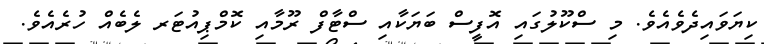
ކިޔަވައިދެވެއެވެ. މި ސްކޫލުގައި އޮފީސް ބަޔަކާއި ސްޓާފް ރޫމާއި ކޮމްޕިއުޓަރ ލެބެއް ހުރެއެވެ.